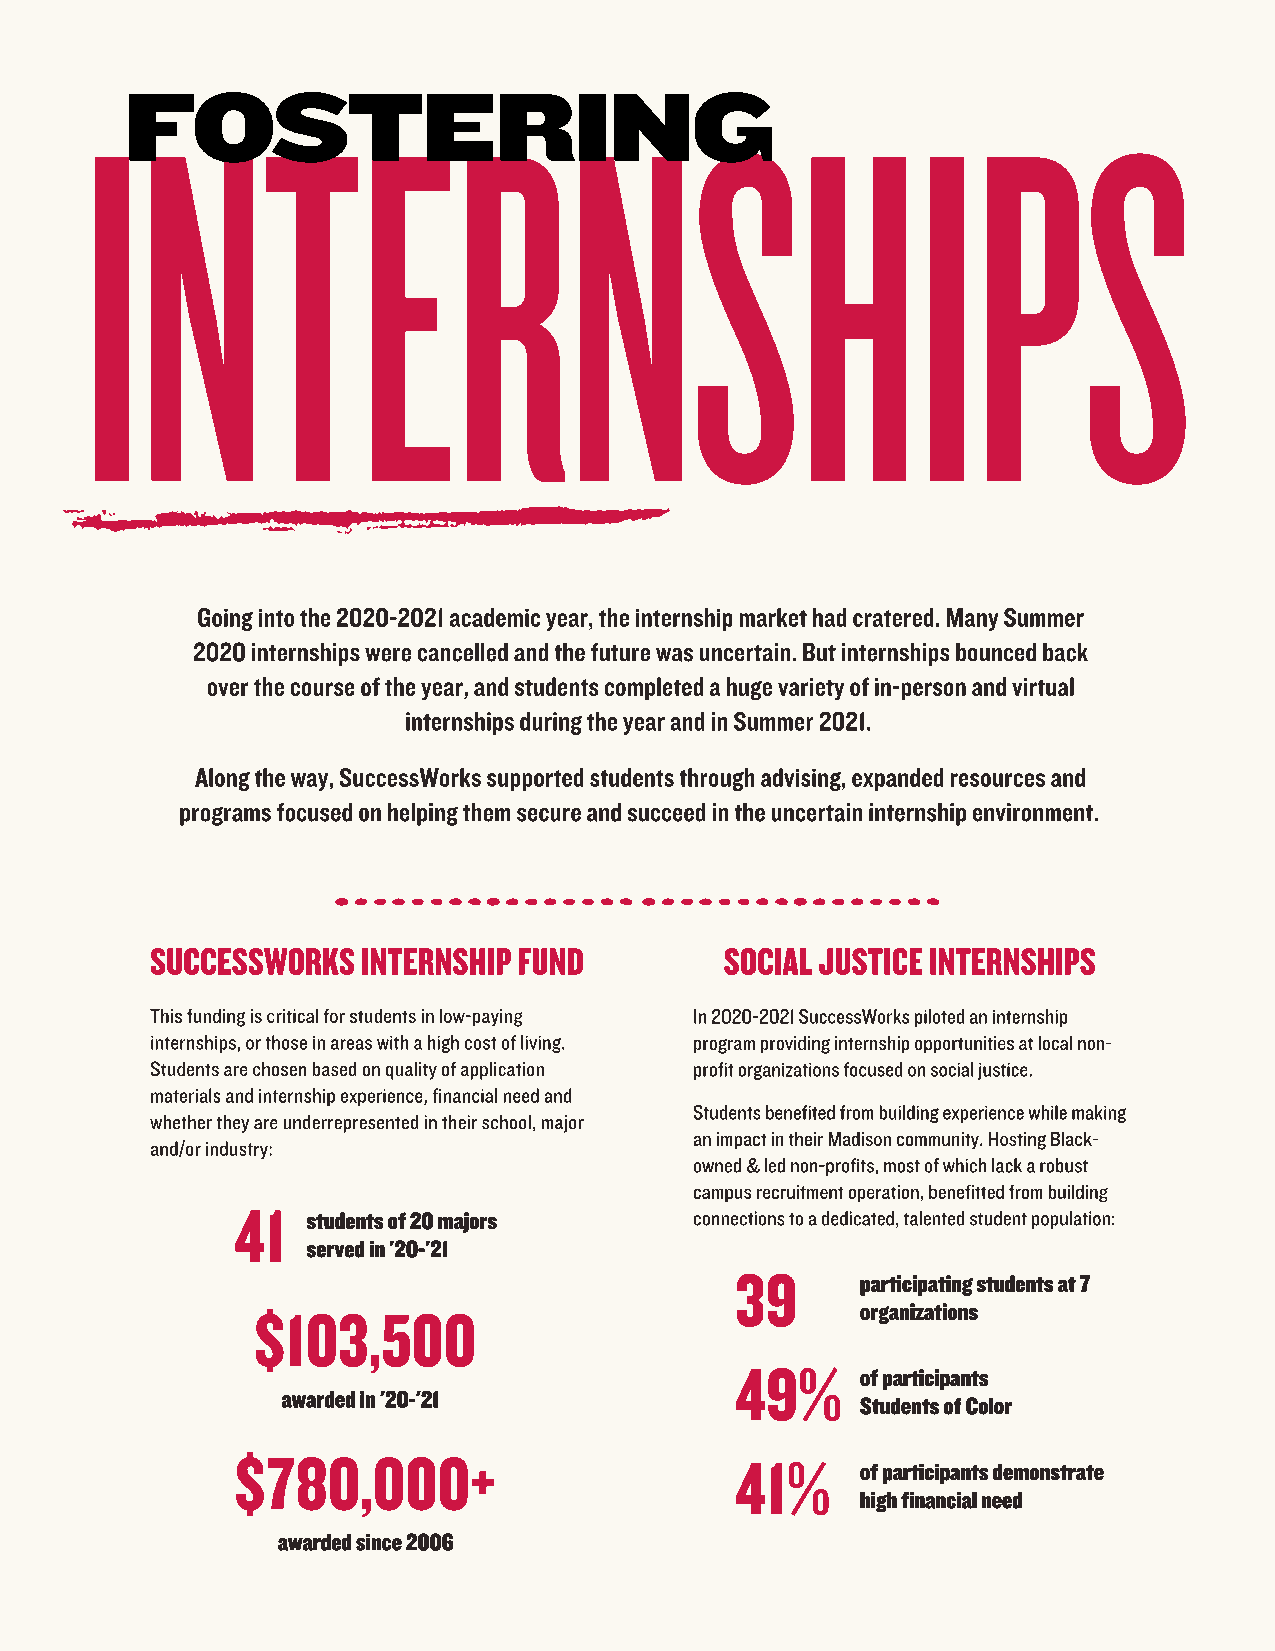
INTERNSHIPS
 FOSTERING
 Going into the 2020-2021 academic year, the internship market had cratered. Many Summer
 2020 internships were cancelled and the future was uncertain. But internships bounced back
 over the course of the year, and students completed a huge variety of in-person and virtual
 internships during the year and in Summer 2021.
 Along the way, SuccessWorks supported students through advising, expanded resources and
 programs focused on helping them secure and succeed in the uncertain internship environment.
 SUCCESSWORKS  INTERNSHIP FUND         SOCIAL JUSTICE INTERNSHIPS
 This funding is critical for students in low-paying In 2020-2021 SuccessWorks piloted an internship
 internships, or those in areas with a high cost of living. program providing internship opportunities at local non-
 Students are chosen based on quality of application profit organizations focused on social justice.
 materials and internship experience, financial need and
 Students benefited from building experience while making
 whether they are underrepresented in their school, major
 an impact in their Madison community. Hosting Black-
 and/or industry:
 owned & led non-profits, most of which lack a robust
 campus recruitment operation, benefitted from building
 41
 students of 20 majors     connections to a dedicated, talented student population:
 served in '20-'21
 39
 participating students at 7
 $103,500                                organizations
 49%
 of participants
 awarded in '20-'21
 Students of Color
 $780,000+                        41%
 of participants demonstrate
 high financial need
 awarded since 2006